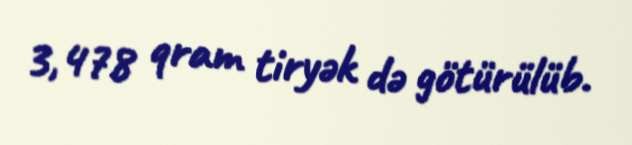
3,478 qram tiryək də götürülüb.